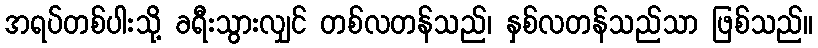
အရပ်တစ်ပါးသို့ ခရီးသွားလျှင် တစ်လတန်သည်၊ နှစ်လတန်သည်သာ ဖြစ်သည်။